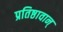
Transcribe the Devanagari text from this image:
प्रतिष्ठावान्